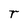
Character: r